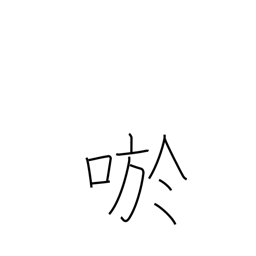
Meaning: smile